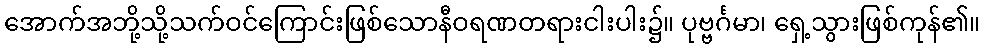
အောက်အဘို့သို့သက်ဝင်ကြောင်းဖြစ်သောနီဝရဏတရားငါးပါး၌။ ပုဗ္ဗင်္ဂမာ၊ ရှေ့သွားဖြစ်ကုန်၏။